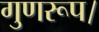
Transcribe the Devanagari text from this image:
गुणरूप।